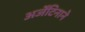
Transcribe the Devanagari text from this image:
अर्जेंटिनाने